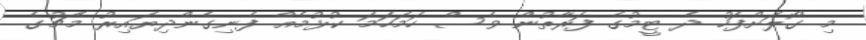
މި ގޯލަށްފަހު ދެ ޓީމުގެ ފަރާތުން ވެސް ހަމަހަމަ ކުޅުމެއް ފެނިގެންދިޔައިރު މެޗުގެ